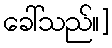
ခေါ်သည်။]